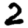
Digit: 2